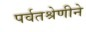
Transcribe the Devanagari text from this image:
पर्वतश्रेणीने